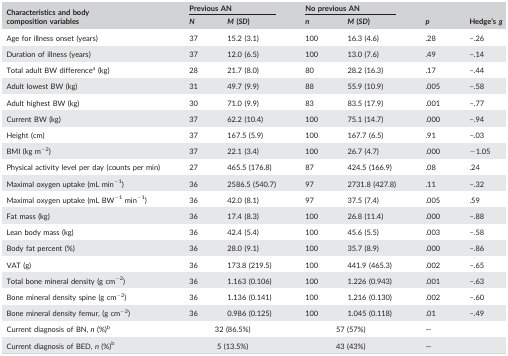
<table><thead><tr><td rowspan="2"><b>Characteristics and body composition variables</b></td><td colspan="2"><b>Previous AN</b></td><td colspan="2"><b>No previous AN</b></td><td rowspan="2"><b><i>p</i></b></td><td rowspan="2"><b>Hedge&#x27;s <i>g</i></b></td></tr><tr><td><b><i>N</i></b></td><td><b><i>M</i> (<i>SD</i>)</b></td><td><b><i>n</i></b></td><td><b><i>M</i> (<i>SD</i>)</b></td></tr></thead><tbody><tr><td>Age for illness onset (years)</td><td>37</td><td>15.2 (3.1)</td><td>100</td><td>16.3 (4.6)</td><td>.28</td><td>–.26</td></tr><tr><td>Duration of illness (years)</td><td>37</td><td>12.0 (6.5)</td><td>100</td><td>13.0 (7.6)</td><td>.49</td><td>–.14</td></tr><tr><td>Total adult BW differencea (kg)</td><td>28</td><td>21.7 (8.0)</td><td>80</td><td>28.2 (16.3)</td><td>.17</td><td>–.44</td></tr><tr><td>Adult lowest BW (kg)</td><td>31</td><td>49.7 (9.9)</td><td>88</td><td>55.9 (10.9)</td><td>.005</td><td>–.58</td></tr><tr><td>Adult highest BW (kg)</td><td>30</td><td>71.0 (9.9)</td><td>83</td><td>83.5 (17.9)</td><td>.001</td><td>–.77</td></tr><tr><td>Current BW (kg)</td><td>37</td><td>62.2 (10.4)</td><td>100</td><td>75.1 (14.7)</td><td>.000</td><td>–.94</td></tr><tr><td>Height (cm)</td><td>37</td><td>167.5 (5.9)</td><td>100</td><td>167.7 (6.5)</td><td>.91</td><td>–.03</td></tr><tr><td>BMI (kg m<sup>−2</sup>)</td><td>37</td><td>22.1 (3.4)</td><td>100</td><td>26.7 (4.7)</td><td>.000</td><td>−1.05</td></tr><tr><td>Physical activity level per day (counts per min)</td><td>27</td><td>465.5 (176.8)</td><td>87</td><td>424.5 (166.9)</td><td>.08</td><td>.24</td></tr><tr><td>Maximal oxygen uptake (mL min<sup>−1</sup>)</td><td>36</td><td>2586.5 (540.7)</td><td>97</td><td>2731.8 (427.8)</td><td>.11</td><td>–.32</td></tr><tr><td>Maximal oxygen uptake (mL BW<sup>−1</sup> min<sup>−1</sup>)</td><td>36</td><td>42.0 (8.1)</td><td>97</td><td>37.5 (7.4)</td><td>.005</td><td>.59</td></tr><tr><td>Fat mass (kg)</td><td>36</td><td>17.4 (8.3)</td><td>100</td><td>26.8 (11.4)</td><td>.000</td><td>–.88</td></tr><tr><td>Lean body mass (kg)</td><td>36</td><td>42.4 (5.4)</td><td>100</td><td>45.6 (5.5)</td><td>.003</td><td>–.58</td></tr><tr><td>Body fat percent (%)</td><td>36</td><td>28.0 (9.1)</td><td>100</td><td>35.7 (8.9)</td><td>.000</td><td>–.86</td></tr><tr><td>VAT (g)</td><td>36</td><td>173.8 (219.5)</td><td>100</td><td>441.9 (465.3)</td><td>.002</td><td>–.65</td></tr><tr><td>Total bone mineral density (g cm<sup>−2</sup>)</td><td>36</td><td>1.163 (0.106)</td><td>100</td><td>1.226 (0.943)</td><td>.001</td><td>–.63</td></tr><tr><td>Bone mineral density spine (g cm<sup>−2</sup>)</td><td>36</td><td>1.136 (0.141)</td><td>100</td><td>1.216 (0.130)</td><td>.002</td><td>–.60</td></tr><tr><td>Bone mineral density femur, (g cm<sup>−2</sup>)</td><td>36</td><td>0.986 (0.125)</td><td>100</td><td>1.045 (0.118)</td><td>.01</td><td>–.49</td></tr><tr><td>Current diagnosis of BN, <i>n</i> (%)b</td><td colspan="2">32 (86.5%)</td><td colspan="2">57 (57%)</td><td>—</td><td></td></tr><tr><td>Current diagnosis of BED, <i>n</i> (%)b</td><td colspan="2">5 (13.5%)</td><td colspan="2">43 (43%)</td><td>—</td><td></td></tr></tbody></table>